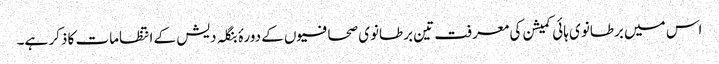
اس میں برطانوی ہائی کمیشن کی معرفت تین برطانوی صحافیوں کے دورۂ بنگلہ دیش کے انتظامات کا ذکر ہے۔